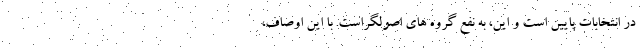
در انتخابات پایین است و این، به نفع گروه های اصولگراست. با این اوصاف،